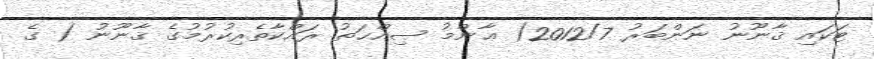
ޓަކައި ޤާނޫނު ނަންބަރު 2012/7( ޢާންމު ޞިއްޙަތު ރައްކާތެރިކުރުމުގެ ޤާނޫނު ( ގެ